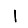
Digit: 1